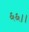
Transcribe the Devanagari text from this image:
६६।।